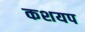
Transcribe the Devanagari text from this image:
कशयप